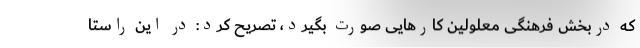
که دربخش فرهنگی معلولین کارهایی صورت بگیرد، تصریح کرد: در این راستا